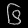
Digit: ၆